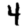
Digit: 4